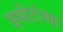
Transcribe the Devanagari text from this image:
इमोर्टलस